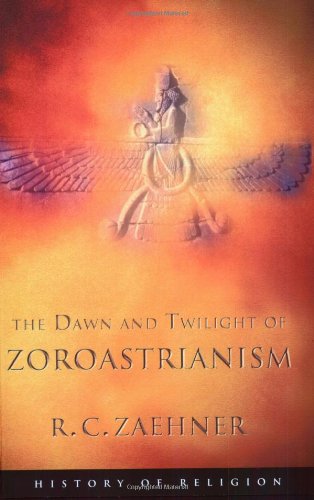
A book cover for The Dawn and Twilight of Zoroastrianism (Phoenix Press); R.C. Zaehner; Religion & Spirituality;